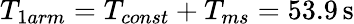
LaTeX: T_{1arm}=T_{const}+T_{ms}=53.9\, \mathrm{s}